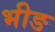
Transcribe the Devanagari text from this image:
भीङ